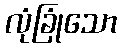
လုံခြုံသော